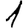
Digit: 1